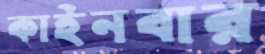
কাইনবার